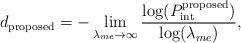
LaTeX: \begin{align*}{d_{{\textrm{proposed}}}} = -\mathop {\lim }\limits_{{\lambda_{me}} \to \infty } \dfrac{{\log (P^{\textrm{proposed}}_{{\textrm{int}}})}}{{\log({\lambda _{me}})}},\end{align*}